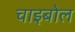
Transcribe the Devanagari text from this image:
चाइबोल